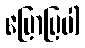
ပြောပြပါ